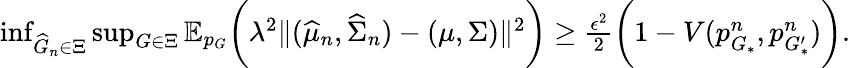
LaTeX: \begin{array}{r}{\operatorname*{inf}_{\widehat{G}_{n}\in\Xi}\operatorname*{sup}_{G\in\Xi}\mathbb{E}_{p_{G}}\biggr(\lambda^{2}\| (\widehat{\mu}_{n},\widehat{\Sigma}_{n})-(\mu,\Sigma)\| ^{2}\biggr)\geq\frac{\epsilon^{2}}{2}\biggr(1-V(p_{G_{*}}^{n},p_{G_{*}^{\prime}}^{n})\biggr).}\end{array}